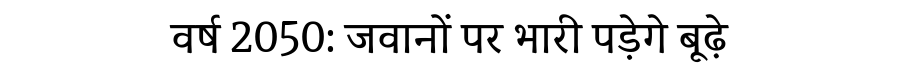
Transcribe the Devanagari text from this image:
वर्ष 2050: जवानों पर भारी पड़ेगे बूढ़े